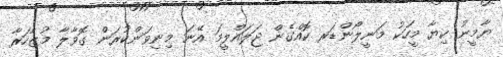
ޔާމީނު ކިޔާ މީހަކު މަނީލޯންޑަރ ކޮއްގެން ޖަލައްލީމަ އޭނަ މިނިވަންކުރަން ގޮވާލާ މުޒާހަރާ